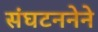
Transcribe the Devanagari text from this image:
संघटननेने